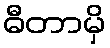
ဓီတာမှိ